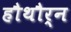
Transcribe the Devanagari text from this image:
हौथौर्न